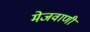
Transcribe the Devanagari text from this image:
मेजवाणी